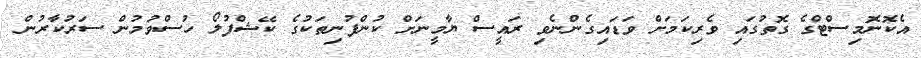
އެކޮނޮމިސްޓްގެ ގޮތުގައި ވެރިކަމަށް ވަޑައިގެންނެވި ރައީސް ޔާމީނަށް ކުންފުނިތަކުގެ ކޭޝްފުލޯ ހުސްވުމުން ސަރުކާރުން